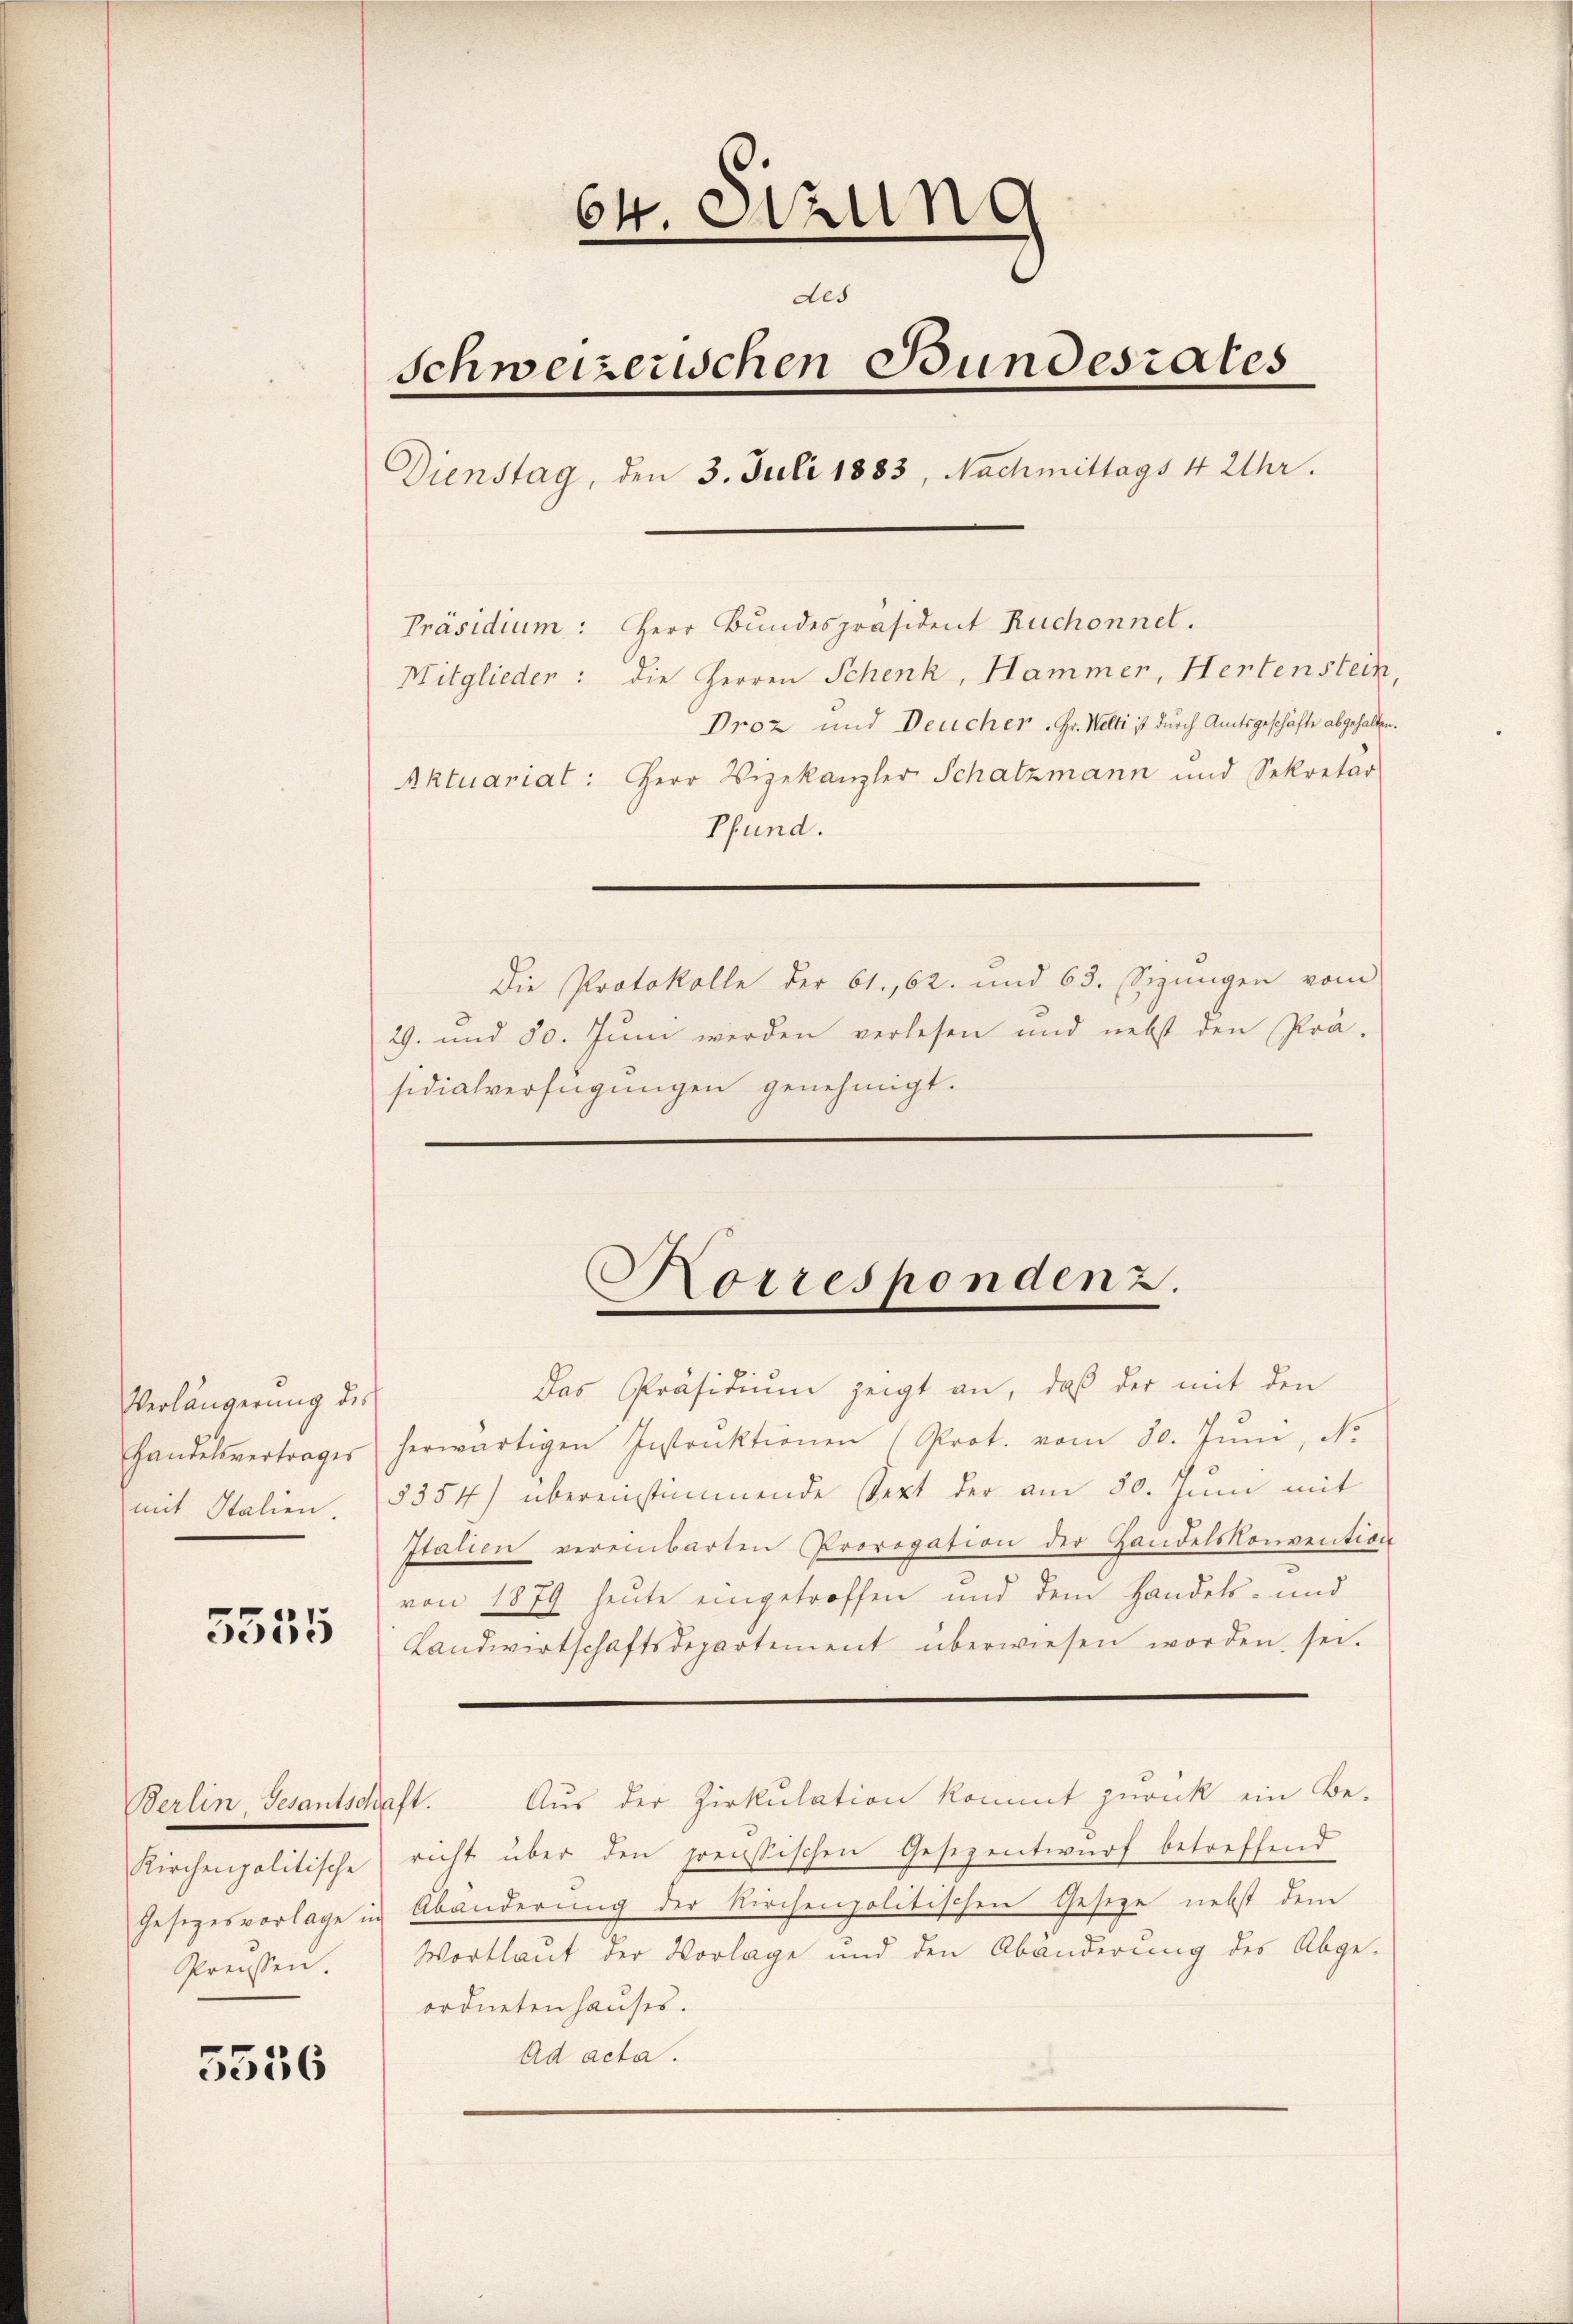
Verlängerung des
Handelsvertrages
mit Italien.

5555

Kirchenpolitische
Preissen.

5536

64. Sitzung
des
Schweizerischen Bundesrates
Dienstag, den 3. Juli 1883, Nachmittags 4 Uhr.
Präsidium: Herr Bundespräsident Ruchonnet.
Mitglieder: die Herren Schenk, Hammer, Hertenstein,
Droz und Deucher. Hr. Welti ist durch Amtsgeschäfte abgehalten.
Aktuariat: Herr Vizekanzler Schatzmann und Sekretär
Pfund.

Die Protokolle der 61, 62. und 63. Sizungen vom
29. und 50. Jŭni werden verlesen und nebst den Prä-
sidialverfügungen genehmigt.

Korresponden z.

Das Präsidium zeigt an, daß der mit den
herwärtigen Instrŭktionen (Prot. vom 30. Jŭni, No.
5354) übereinstimmende Sept der am 30. Juni mit
Italien vereinbarten Prorogation der Handelskonvention
von 1879 heŭte eingetroffen und dem Handels- und
Landwirtschaftsdepartement überwiesen worden sei.
Berlin, Gesantschaft. Aus der Zirkulation kommt zurück ein Be-
richt über den preussischen Gesezentwurf betreffend
Gesezesvorlage in Abänderung der kirchenpolitischen Geseze nebst dem
Wortlaut der Vorlage und den Abänderung des Abge-
ordnetenhauses.
Ad acta.